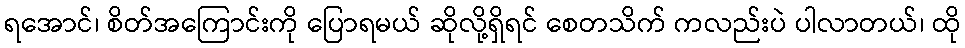
ရအောင်၊ စိတ်အကြောင်းကို ပြောရမယ် ဆိုလို့ရှိရင် စေတသိက် ကလည်းပဲ ပါလာတယ်၊ ထို